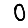
Digit: 0